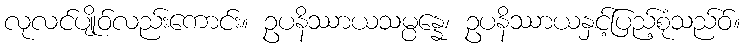
လုလင်ပျိုဝ်လည်းကောင်း။ ဥပနိဿာယသမ္ပန္နေ၊ ဥပနိဿာယနှင့်ပြည့်စုံသည်ဝ်။